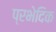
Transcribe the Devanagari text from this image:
प्रभेदिक